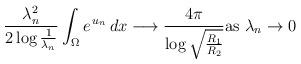
LaTeX: \begin{align*}\frac{\lambda_n^2}{2\log\frac{1}{\lambda_n}}\int_\Omega e^{\,u_{n}}\,dx\longrightarrow \frac{4\pi}{\log{\sqrt{\frac{R_1}{R_2}}}}\mbox{as}\ \lambda_n\to 0\end{align*}